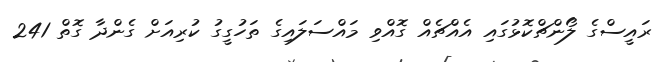
ރައީސްގެ ލޯންޗްކޮޅުގައި އެއްޗެއް ގޮއްވި މައްސަލައިގެ ތަހުގީގު ކުރިއަށް ގެންދާ ގޮތް 241